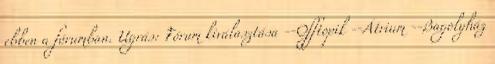
ebben a fórumban. Ugrás: Fórum kiválasztása --Offtopik --Átrium --Bagolyház